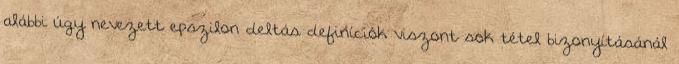
alábbi úgy nevezett epszilon–deltás definíciók viszont sok tétel bizonyításánál